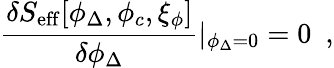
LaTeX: \frac{\delta S_{\mathrm{eff}}[\phi_{\Delta},\phi_{c},\xi_{\phi}]}{\delta\phi_{\Delta}}|_{\phi_{\Delta}=0}=0~~,